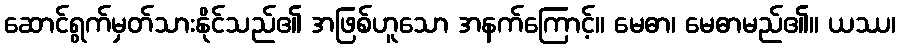
ဆောင်ရွက်မှတ်သားနိုင်သည်၏ အဖြစ်ဟူသော အနက်ကြောင့်။ မေဓာ၊ မေဓာမည်၏။ ယဿ၊